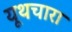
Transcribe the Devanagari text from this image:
यूथचारा